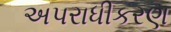
અપરાધીકરણ